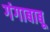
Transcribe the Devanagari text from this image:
गंगाबाबू